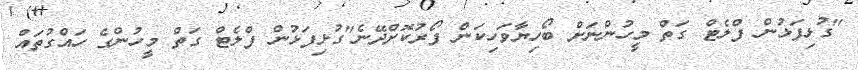
"ގުޅިފަޅުން ފްލެޓް ގަތް މީހުންނަށް ބޯހިޔާވަހިކަން ފޯރުކޮށްދޭނެ"ގުޅިފަޅުން ފްލެޓް ގަތް މީހުންގެ ހައްގުތައް